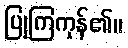
ပြုကြကုန်၏။